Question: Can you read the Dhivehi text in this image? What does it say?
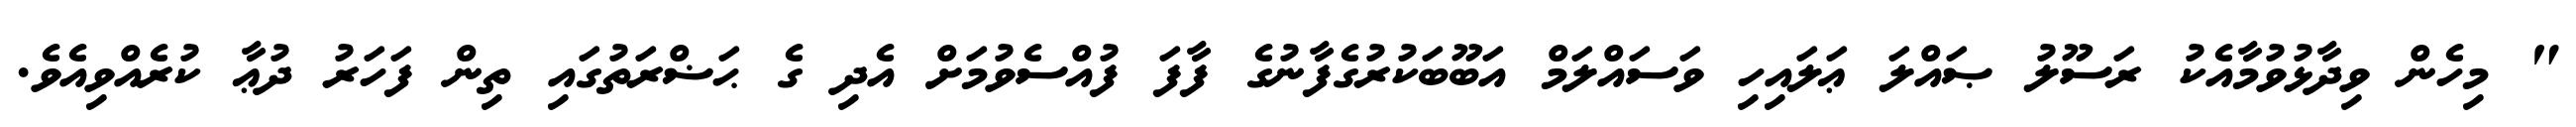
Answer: " މިހެން ވިދާޅުވުމާއެކު ރަސޫލު ޞައްލަ ޢަލައިހި ވަސައްލަމް އަބޫބަކުރުގެފާނުގެ ފާފަ ފުއްސެވުމަށް އެދި ގެ ޙަޟްރަތުގައި ތިން ފަހަރު ދުޢާ ކުރެއްވިއެވެ.